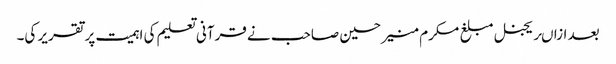
بعد ازاںریجنل مبلغ مکرم منیر حسین صاحب نے قرآنی تعلیم کی اہمیت پر تقریر کی۔